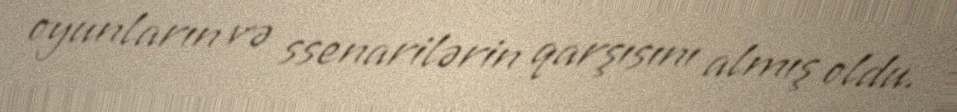
oyunların və ssenarilərin qarşısını almış oldu.